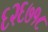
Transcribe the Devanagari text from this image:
६२६७१८